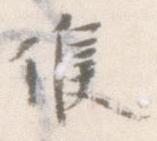
候